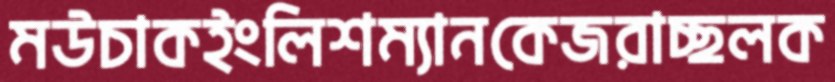
মউচাকইংলিশম্যানকেজরাচ্ছলক